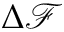
\Delta \mathcal { F }